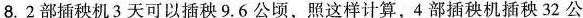
8.2部插秧机3天可以插秧9.6公顷，照这样计算，4部插秧机插秧32公